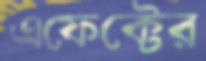
এফেক্টের